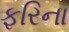
ફરિના